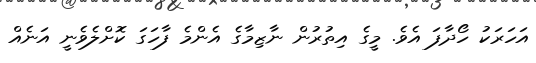
އަހަރަކު ހޯދާފަ އެވެ. މީގެ އިތުރުން ނާޒިމާގެ އެންމެ ފާހަގަ ކޮށްލެވެނީ އަނެއް